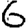
Digit: 6